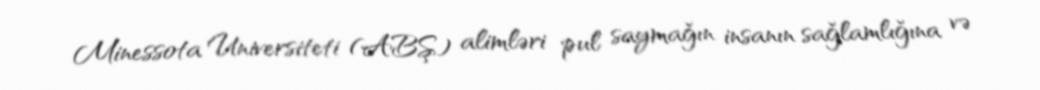
Minessota Universiteti (ABŞ) alimləri pul saymağın insanın sağlamlığına və